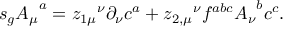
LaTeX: s _ { g } { A _ { \mu } } ^ { a } = { z _ { 1 \mu } } ^ { \nu } \partial _ { \nu } c ^ { a } + { z _ { 2 , \mu } } ^ { \nu } f ^ { a b c } { A _ { \nu } } ^ { b } c ^ { c } .